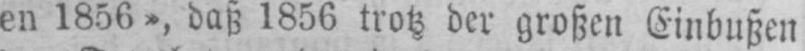
en 1856», daß 1856 trotz der großen Einbußen